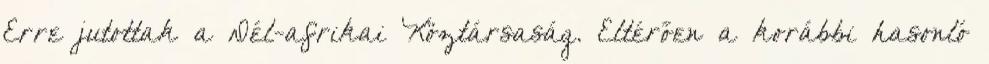
Erre jutottak a Dél-afrikai Köztársaság. Eltérően a korábbi hasonló